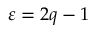
\varepsilon = 2 q - 1